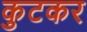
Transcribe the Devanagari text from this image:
कुटकर